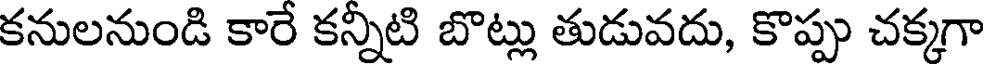
కనులనుండి కారే కన్నిటి బొట్లు తుడువదు, కొప్పు చక్కగా